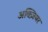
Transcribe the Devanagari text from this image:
अक्ज़ियर